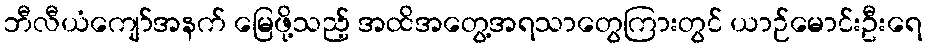
ဘီလီယံကျော်အနက် မြေဖို့သည့် အထိအတွေ့အရသာတွေကြားတွင် ယာဉ်မောင်းဦးရေ